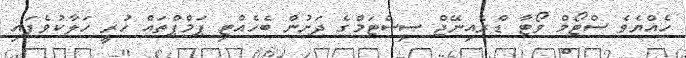
ހެއްޔެވެ ސްޓޯމް ވޯޓާ ޑްރެއިނޭޖް ސިސްޓަމްގެ ދަށުން ބެހެއްޓި ޕަމްޕްތައް ހުރީ ހަލާކުވެފައި